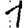
Digit: 1